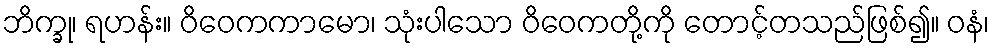
ဘိက္ခု၊ ရဟန်း။ ဝိဝေကကာမော၊ သုံးပါသော ဝိဝေကတို့ကို တောင့်တသည်ဖြစ်၍။ ဝနံ၊